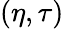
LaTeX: (\eta,\tau)